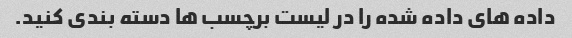
داده های داده شده را در لیست برچسب ها دسته بندی کنید.